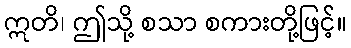
ဣတိ၊ ဤသို့ စသာ စကားတို့ဖြင့်။